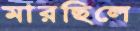
মারছিলে